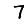
Digit: 7